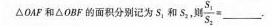
△oMrm△oB的面积分别记为S_{1}和S_{2}，则\frac{ S_{1}}{S_{2}}=___.